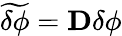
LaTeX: \widetilde{\delta\phi}={\mathbf D}\delta\phi